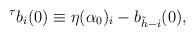
LaTeX: \begin{align*}^{\tau}b_{i}(0) \equiv \eta(\alpha_{0})_{i} - b_{\tilde{h}-i}(0) ,\end{align*}